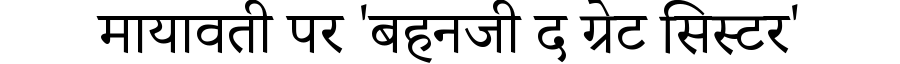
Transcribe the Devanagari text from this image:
मायावती पर 'बहनजी द ग्रेट सिस्टर'